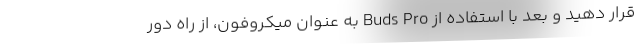
قرار دهید و بعد با استفاده از Buds Pro به عنوان میکروفون، از راه دور